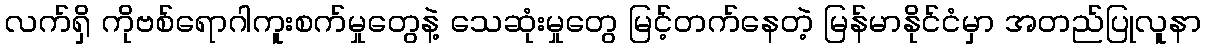
လက်ရှိ ကိုဗစ်ရောဂါကူးစက်မှုတွေနဲ့ သေဆုံးမှုတွေ မြင့်တက်နေတဲ့ မြန်မာနိုင်ငံမှာ အတည်ပြုလူနာ